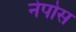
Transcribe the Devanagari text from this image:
नेपोस